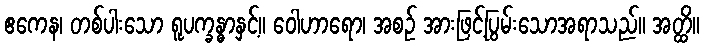
ဧကေန၊ တစ်ပါးသော ရူပက္ခန္ဓာနှင့်။ ဝေါဟာရော၊ အစဉ် အားဖြင့်ပြွမ်းသောအရာသည်။ အတ္ထိ။